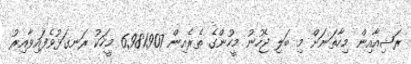
ރަޝިއާއިން މިހާތަނަށް މި ބަލި ޖެހުނު މީހުންގެ ތެރެއިން 6